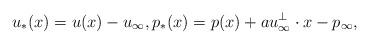
LaTeX: \begin{align*}u_*(x)=u(x)-u_\infty, p_*(x)=p(x)+au_\infty^\perp\cdot x-p_\infty,\end{align*}